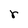
Character: r